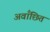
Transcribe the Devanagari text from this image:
अवाँछित